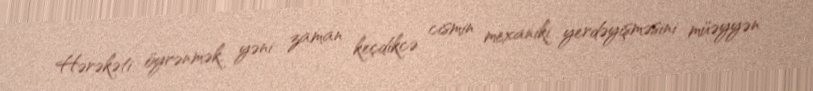
Hərəkəti öyrənmək, yəni zaman keçdikcə cismin mexaniki yerdəyişməsini müəyyən